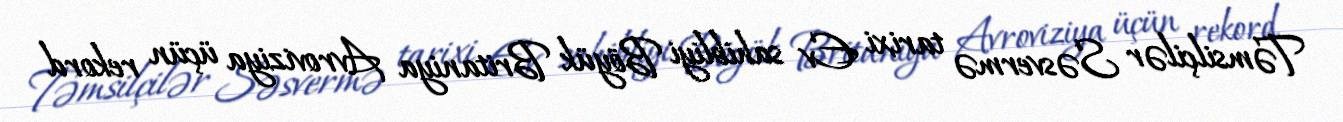
Təmsilçilər Səsvermə tarixi Ev sahibliyi Böyük Britaniya Avroviziya üçün rekord